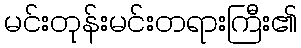
မင်းတုန်းမင်းတရားကြီး၏